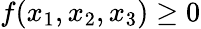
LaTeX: f(x_{1},x_{2},x_{3})\ge 0